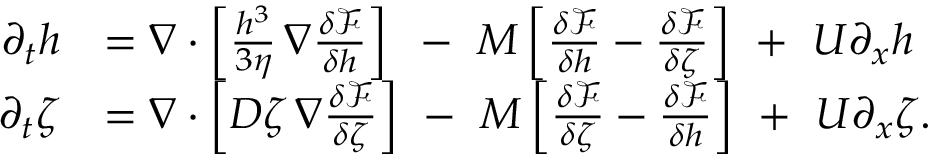
\begin{array} { r l } { \partial _ { t } h } & { = \nabla \cdot \left[ \frac { h ^ { 3 } } { 3 \eta } \, \nabla \frac { \delta \mathcal { F } } { \delta h } \right] \ \, - \ M \left[ \frac { \delta \mathcal { F } } { \delta h } - \frac { \delta \mathcal { F } } { \delta \zeta } \right] \ + \ U \partial _ { x } h } \\ { \partial _ { t } \zeta } & { = \nabla \cdot \left[ D \zeta \, \nabla \frac { \delta \mathcal { F } } { \delta \zeta } \right] \ - \ M \left[ \frac { \delta \mathcal { F } } { \delta \zeta } - \frac { \delta \mathcal { F } } { \delta h } \right] \ + \ U \partial _ { x } \zeta . } \end{array}